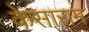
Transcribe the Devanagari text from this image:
केसाराम